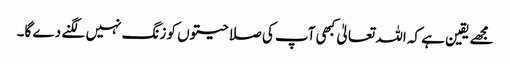
مجھے یقین ہے کہ اللہ تعالیٰ کبھی آپ کی صلاحیتوں کو زنگ نہیں لگنے دے گا۔